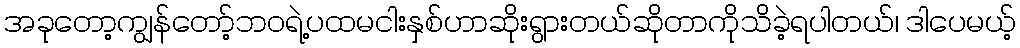
အခုတော့ကျွန်တော့်ဘဝရဲ့ပထမငါးနှစ်ဟာဆိုးရွားတယ်ဆိုတာကိုသိခဲ့ရပါတယ်၊ ဒါပေမယ့်